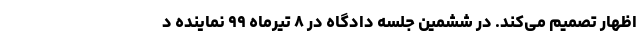
اظهار تصمیم می‌کند. در ششمین جلسه دادگاه در ۸ تیرماه ۹۹ نماینده د